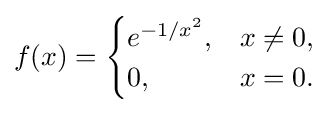
f(x)={\begin{cases}e^{-1/x^{2}},&x\neq 0,\\0,&x=0.\end{cases}}